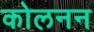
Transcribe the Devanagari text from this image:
कोलनन